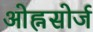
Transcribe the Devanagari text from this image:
ओह्नसोर्ज